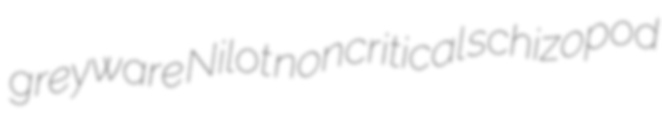
greyware Nilot noncritical schizopod